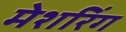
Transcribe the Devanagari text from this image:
मेशरिंग